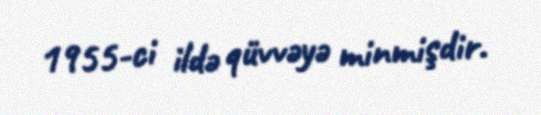
1955-ci ildə qüvvəyə minmişdir.